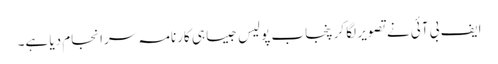
ایف بی آئی نے تصویر لگا کر پنجاب پولیس جیسا ہی کارنامہ سرانجام دیا ہے۔